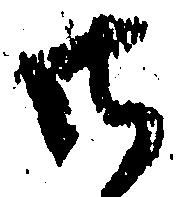
御